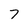
Character: 7